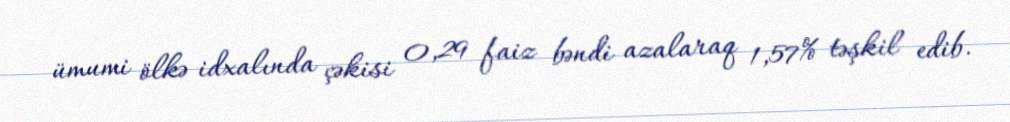
ümumi ölkə idxalında çəkisi 0,29 faiz bəndi azalaraq 1,57% təşkil edib.